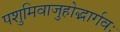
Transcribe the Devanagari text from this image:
पशुमिवाजुहोद्भार्गवः